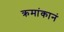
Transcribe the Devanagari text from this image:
क्रमांकानं